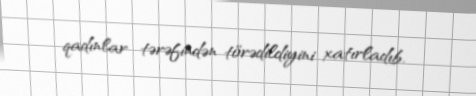
qadınlar tərəfindən törədildiyini xatırladıb.